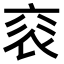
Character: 𧘳